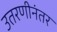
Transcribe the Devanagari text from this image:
उतरणीनंतर